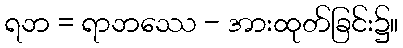
ရဘ = ရာဘဿေ - အားထုတ်ခြင်း၌။